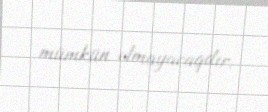
mümkün olmayacaqdır.